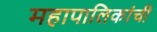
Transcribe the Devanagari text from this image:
महापालिकांची